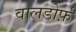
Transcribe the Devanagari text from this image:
वालडोर्फ़